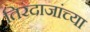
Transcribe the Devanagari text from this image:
तिरंदाजांच्या